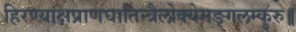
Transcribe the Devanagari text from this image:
हिरण्याक्षप्राणघातिन्त्रैलोक्येमङ्गलम्कुरु॥